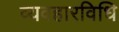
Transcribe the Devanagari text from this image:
व्यवहारविधि